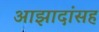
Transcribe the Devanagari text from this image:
आझादांसह